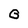
Character: G